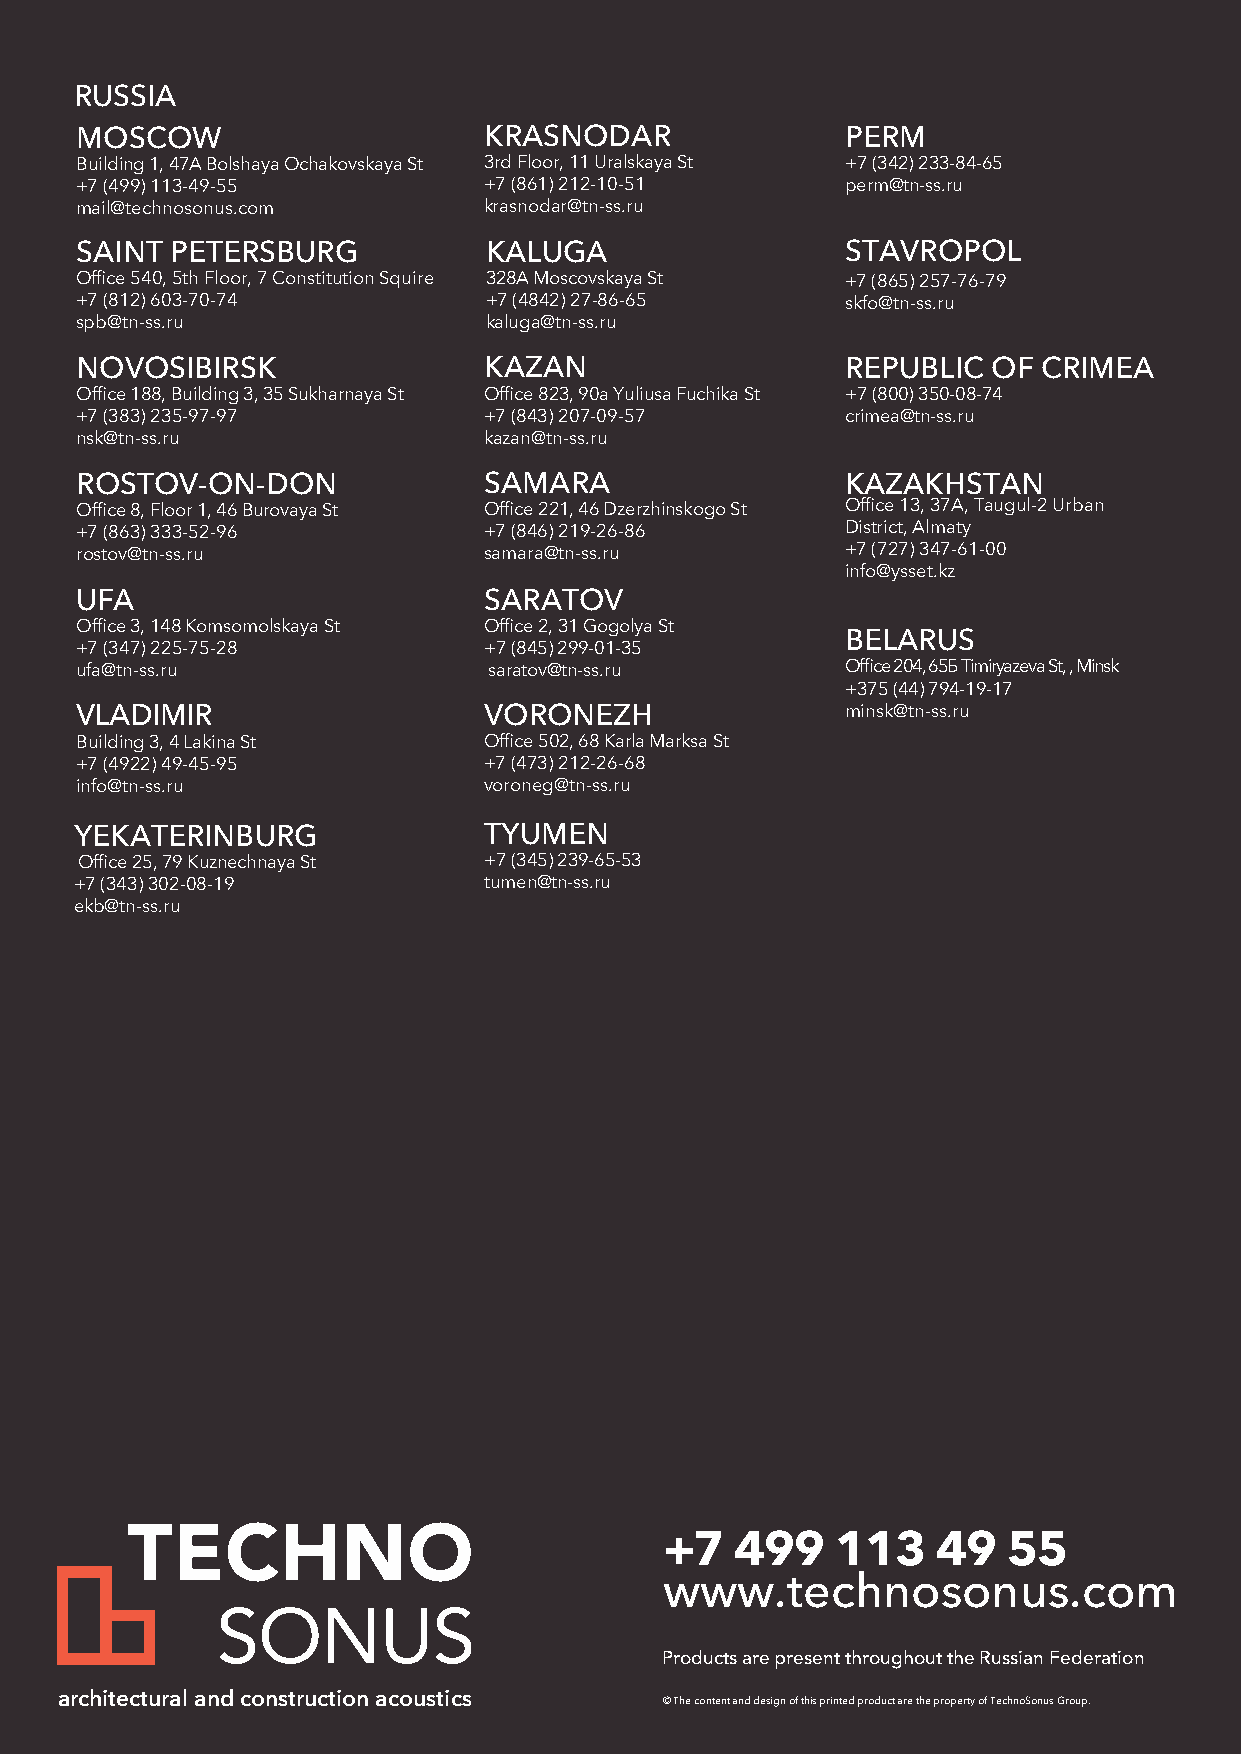
RUSSIA
 MOSCOW                     KRASNODAR               PERM
 Building 1, 47A Bolshaya Ochakovskaya St 3rd Floor, 11 Uralskaya St +7 (342) 233-84-65
 +7 (499) 113-49-55         +7 (861) 212-10-51      perm@tn-ss.ru
 mail@technosonus.com       krasnodar@tn-ss.ru
 SAINT PETERSBURG           KALUGA                  STAVROPOL
 Office 540, 5th Floor, 7 Constitution Squire 328A Moscovskaya St +7 (865) 257-76-79
 +7 (812) 603-70-74         +7 (4842) 27-86-65      skfo@tn-ss.ru
 spb@tn-ss.ru               kaluga@tn-ss.ru
 NOVOSIBIRSK                KAZAN                   REPUBLIC  OF CRIMEA
 Office 188, Building 3, 35 Sukharnaya St Office 823, 90a Yuliusa Fuchika St +7 (800) 350-08-74
 +7 (383) 235-97-97         +7 (843) 207-09-57      crimea@tn-ss.ru
 nsk@tn-ss.ru               kazan@tn-ss.ru
 ROSTOV-ON-DON              SAMARA                  KAZAKHSTAN
 Office 8, Floor 1, 46 Burovaya St Office 221, 46 Dzerzhinskogo St Office 13, 37A, Taugul-2 Urban
 +7 (863) 333-52-96         +7 (846) 219-26-86      District, Almaty
 rostov@tn-ss.ru            samara@tn-ss.ru         +7 (727) 347-61-00
 info@ysset.kz
 UFA                        SARATOV
 Office 3, 148 Komsomolskaya St Office 2, 31 Gogolya St
 BELARUS
 +7 (347) 225-75-28         +7 (845) 299-01-35
 ufa@tn-ss.ru               saratov@tn-ss.ru        Office 204, 65Б Timiryazeva St, , Minsk
 +375 (44) 794-19-17
 VLADIMIR                   VORONEZH                minsk@tn-ss.ru
 Building 3, 4 Lakina St    Office 502, 68 Karla Marksa St
 +7 (4922) 49-45-95         +7 (473) 212-26-68
 info@tn-ss.ru              voroneg@tn-ss.ru
 YEKATERINBURG              TYUMEN
 Office 25, 79 Kuznechnaya St +7 (345) 239-65-53
 +7 (343) 302-08-19         tumen@tn-ss.ru
 ekb@tn-ss.ru
 +7   499   113    49   55
 www.technosonus.com
 Products are present throughout the Russian Federation
 architectural and construction acoustics
 © The content and design of this printed product are the property of TechnoSonus Group.